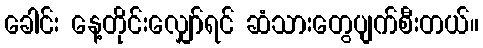
ခေါင်း နေ့တိုင်းလျှော်ရင် ဆံသားတွေပျက်စီးတယ်။